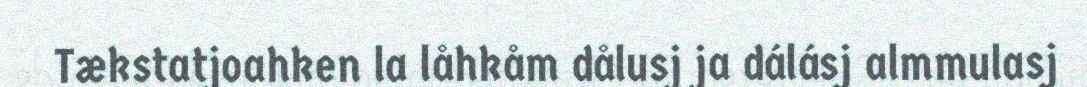
Tækstatjoahken la låhkåm dålusj ja dálásj almmulasj